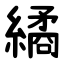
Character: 繘